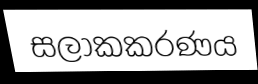
සලාකකරණය